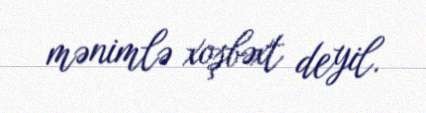
mənimlə xoşbəxt deyil.